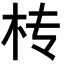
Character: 𣏢